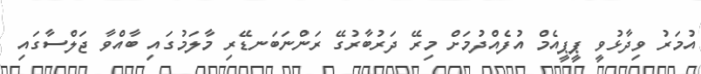
އުމަރު ވިދާޅުވީ ޕީޕީއެމް އުފެއްދުމަށް މިރޭ ދަރުބާރުގޭ ރަންނަބަނޑޭރި މާލަމުގައި ބާއްވާ ޖަލްސާގައި